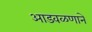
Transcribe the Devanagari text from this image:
आडवळणाने